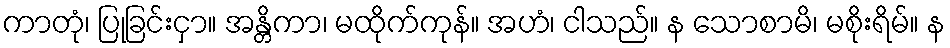
ကာတုံ၊ ပြုခြင်းငှာ။ အန္တိကာ၊ မထိုက်ကုန်။ အဟံ၊ ငါသည်။ န သောစာမိ၊ မစိုးရိမ်။ န